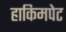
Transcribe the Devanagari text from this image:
हाकिमपेट